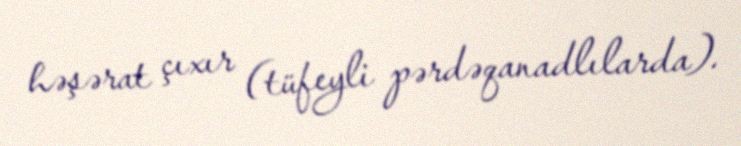
həşərat çıxır (tüfeyli pərdəqanadlılarda).